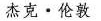
杰克·伦敦